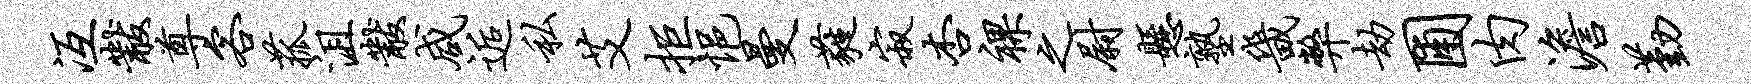
冱黻尊客菰沮黻咸逅私艾拒悒曼蕤寂杏裸之尉悬塾畿弊劫圃肉澹勤